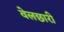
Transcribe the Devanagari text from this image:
वेलछारी